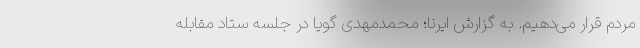
مردم قرار می‌دهیم. به گزارش ایرنا؛ محمدمهدی گویا در جلسه ستاد مقابله